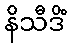
နိသီဒိံ